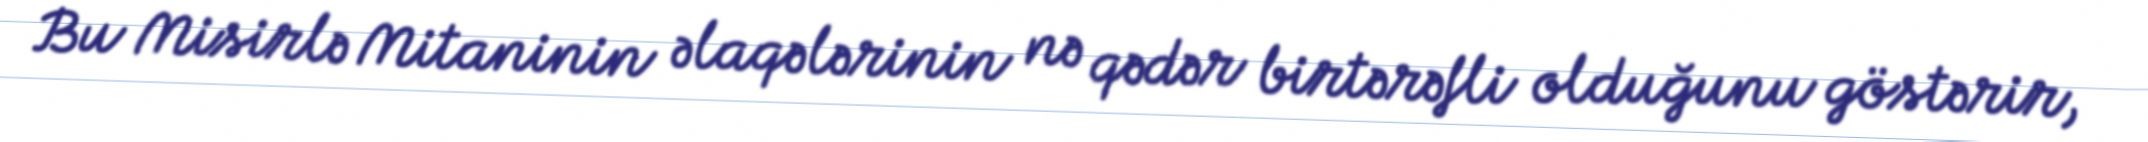
Bu Misirlə Mitaninin əlaqələrinin nə qədər birtərəfli olduğunu göstərir,